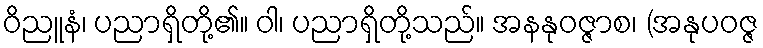
ဝိညူနံ၊ ပညာရှိတို့၏။ ဝါ၊ ပညာရှိတို့သည်။ အနနုဝဇ္ဇာစ၊ (အနုပဝဇ္ဇ